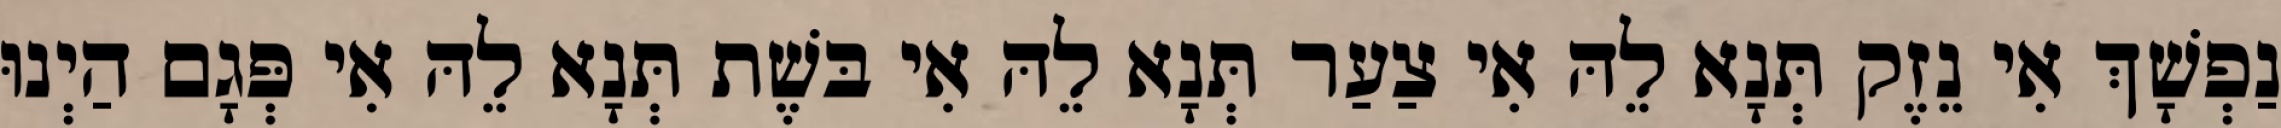
נַפְשָׁךְ אִי נֵזֶק תְּנָא לֵהּ אִי צַעַר תְּנָא לֵהּ אִי בּשֶׁת תְּנָא לֵהּ אִי פְּגָם הַיְנוּ